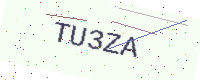
Text: TU3ZA